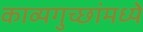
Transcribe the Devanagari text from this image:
काव्यगुच्छांमध्ये